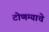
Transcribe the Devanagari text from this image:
टोणग्याचे